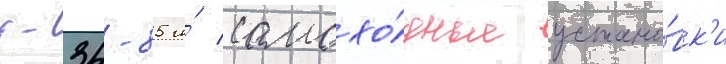
т-34-85 и́ самохо́дные устано́вк'и